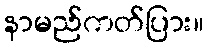
နာမည်ကတ်ပြား။